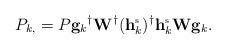
LaTeX: \begin{align*}P_{k,}=P{\mathbf{g}_k}^{\dagger}\mathbf{W}^{\dagger}(\mathbf{h}_k^{\mbox{\tiny{s}}})^{\dagger}\mathbf{h}_k^{\mbox{\tiny{s}}}\mathbf{W}\mathbf{g}_k.\end{align*}